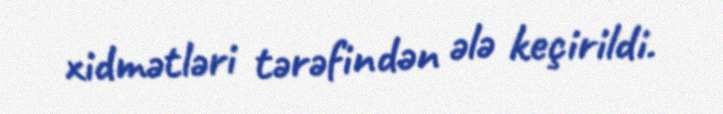
xidmətləri tərəfindən ələ keçirildi.